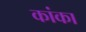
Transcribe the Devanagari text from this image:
कांका